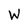
Character: W